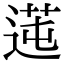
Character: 𦰭